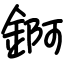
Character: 錒